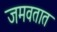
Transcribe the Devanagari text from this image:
जमवतात